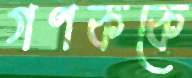
গণককে